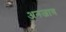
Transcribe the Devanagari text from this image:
अनजाव